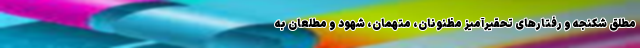
مطلق شکنجه و رفتارهای تحقیرآمیز مظنونان، متهمان، شهود و مطلعان به